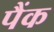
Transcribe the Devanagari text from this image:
पैंक